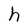
Character: h